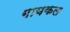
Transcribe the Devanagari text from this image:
गायकल